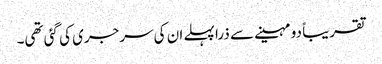
تقریباً دو مہینے سے ذرا پہلے ان کی سرجری کی گئی تھی۔